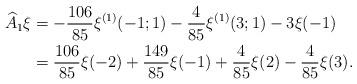
LaTeX: \begin{align*}\widehat{A}_1\xi&=-\frac{106}{85}\xi^{(1)}(-1;1)-\frac{4}{85}\xi^{(1)}(3;1)-3\xi(-1)\\&=\frac{106}{85}\xi(-2)+\frac{149}{85}\xi(-1)+\frac{4}{85}\xi(2)-\frac{4}{85}\xi(3).\end{align*}